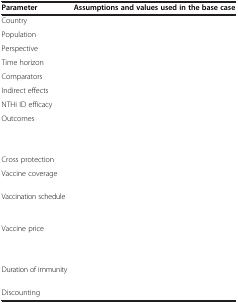
<table><thead><tr><td><b>Parameter</b></td><td><b>Assumptions and values used in the base case</b></td></tr></thead><tbody><tr><td>Country</td><td>[EMPTY_CELL]</td></tr><tr><td>Population</td><td>[EMPTY_CELL]</td></tr><tr><td>Perspective</td><td>[EMPTY_CELL]</td></tr><tr><td>Time horizon</td><td>[EMPTY_CELL]</td></tr><tr><td>Comparators</td><td>[EMPTY_CELL]</td></tr><tr><td>Indirect effects</td><td>[EMPTY_CELL]</td></tr><tr><td>NTHi ID efficacy</td><td>[EMPTY_CELL]</td></tr><tr><td>Outcomes</td><td>[EMPTY_CELL]</td></tr><tr><td>Cross protection</td><td>[EMPTY_CELL]</td></tr><tr><td>Vaccine coverage</td><td>[EMPTY_CELL]</td></tr><tr><td>Vaccination schedule</td><td>[EMPTY_CELL]</td></tr><tr><td>Vaccine price</td><td>[EMPTY_CELL]</td></tr><tr><td>Duration of immunity</td><td>[EMPTY_CELL]</td></tr><tr><td>Discounting</td><td>[EMPTY_CELL]</td></tr></tbody></table>